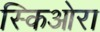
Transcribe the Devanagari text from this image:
स्किओरा